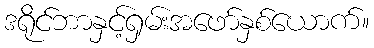
ဒရိုင်ဘာနှင့်ရှမ်းအဖော်နှစ်ယောက်။